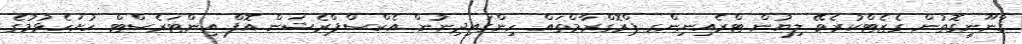
ޤާނޫނީގޮތުން ގެޒެޓްކުރެވޭ ލިޔުން ޓްރެއިނިންގ ޕްރޮގްރާމްތައް ހިންގައިދިނުން އެކްސްޕްރެޝަން އޮފް އިންޓަރެސްޓް ހުށަހެޅުމުގެ